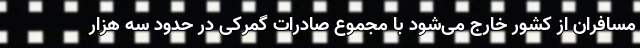
مسافران از کشور خارج می‌شود با مجموع صادرات گمرکی در حدود سه هزار